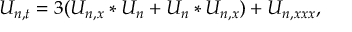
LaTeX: U _ { n , t } = 3 ( U _ { n , x } \ast U _ { n } + U _ { n } \ast U _ { n , x } ) + U _ { n , x x x } ,